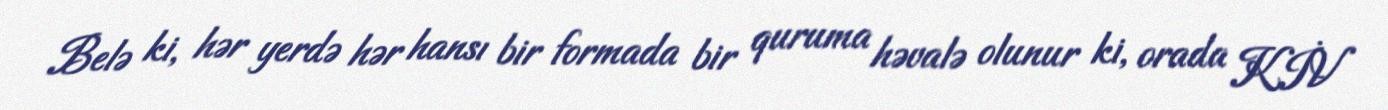
Belə ki, hər yerdə hər hansı bir formada bir quruma həvalə olunur ki, orada KİV